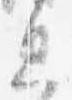
息